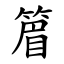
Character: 篃